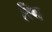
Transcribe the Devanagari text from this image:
त्यि